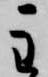
主